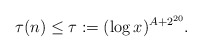
\begin{align*}\tau(n)\leq \tau := (\log x)^{A+2^{20}}.\end{align*}